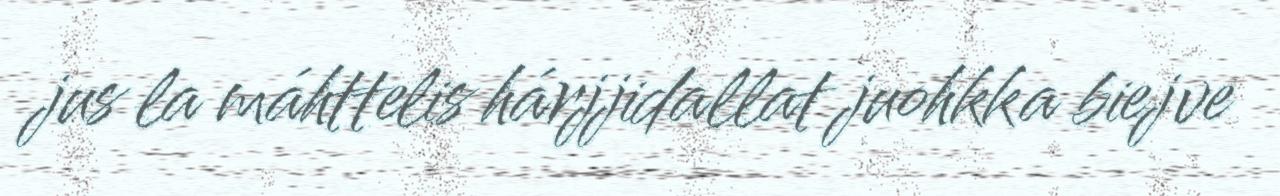
jus la máhttelis hárjjidallat juohkka biejve